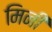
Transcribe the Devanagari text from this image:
मिनी